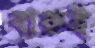
বারুই